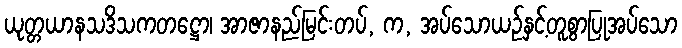
ယုတ္တယာနသဒိသကတဋ္ဌော၊ အာဇာနည်မြင်းတပ်, က, အပ်သောယဉ်နှင့်တူစွာပြုအပ်သော